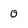
Character: 0